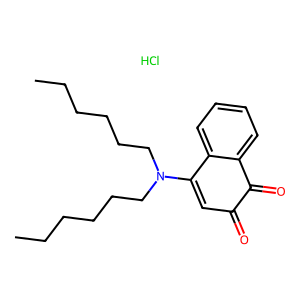
SMILES: CCCCCCN(CCCCCC)C1=CC(=O)C(=O)c2ccccc21.Cl
Inhibits HIV replication: No